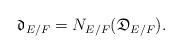
LaTeX: \begin{align*}\mathfrak{d}_{E/F}=N_{E/F}(\mathfrak{D}_{E/F}).\end{align*}